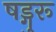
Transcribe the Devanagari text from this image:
षड्गुरू